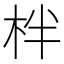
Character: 柈